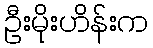
ဦးမိုးဟိန်းက